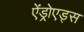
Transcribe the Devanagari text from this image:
ऐंड्रोएड्स